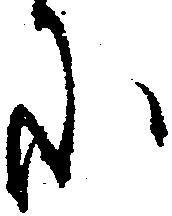
に